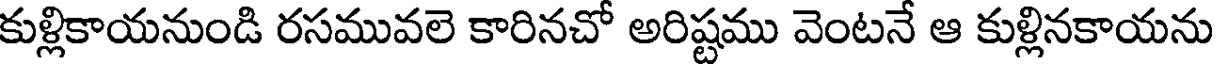
కుళ్లికాయనుండి రసమువలె కారినచో అరిష్టము వెంటనే ఆ కుళ్లినకాయను